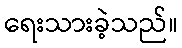
ရေးသားခဲ့သည်။